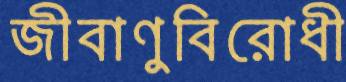
জীবাণুবিরোধী